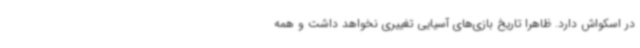
در اسکواش دارد. ظاهرا تاریخ بازی‌های آسیایی تغییری نخواهد داشت و همه